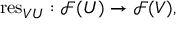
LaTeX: \mathrm { r e s } _ { V U } : { \mathcal { F } } ( U ) \to { \mathcal { F } } ( V ) ,